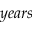
y e a r s